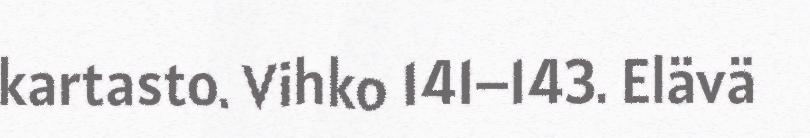
kartasto. Vihko 141–143. Elävä